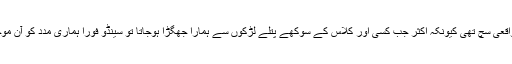
یہ بات واقعی سچ تھی کیونکہ اکثر جب کسی اور کلاس کے سوکھے پتلے لڑکوں سے ہمارا جھگڑا ہوجاتا تو سینڈو فوراً ہماری مدد کو آن موجود ہوتا۔